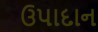
ઉપાદાન